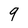
Character: 9